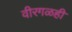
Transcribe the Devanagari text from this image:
वीरगळही